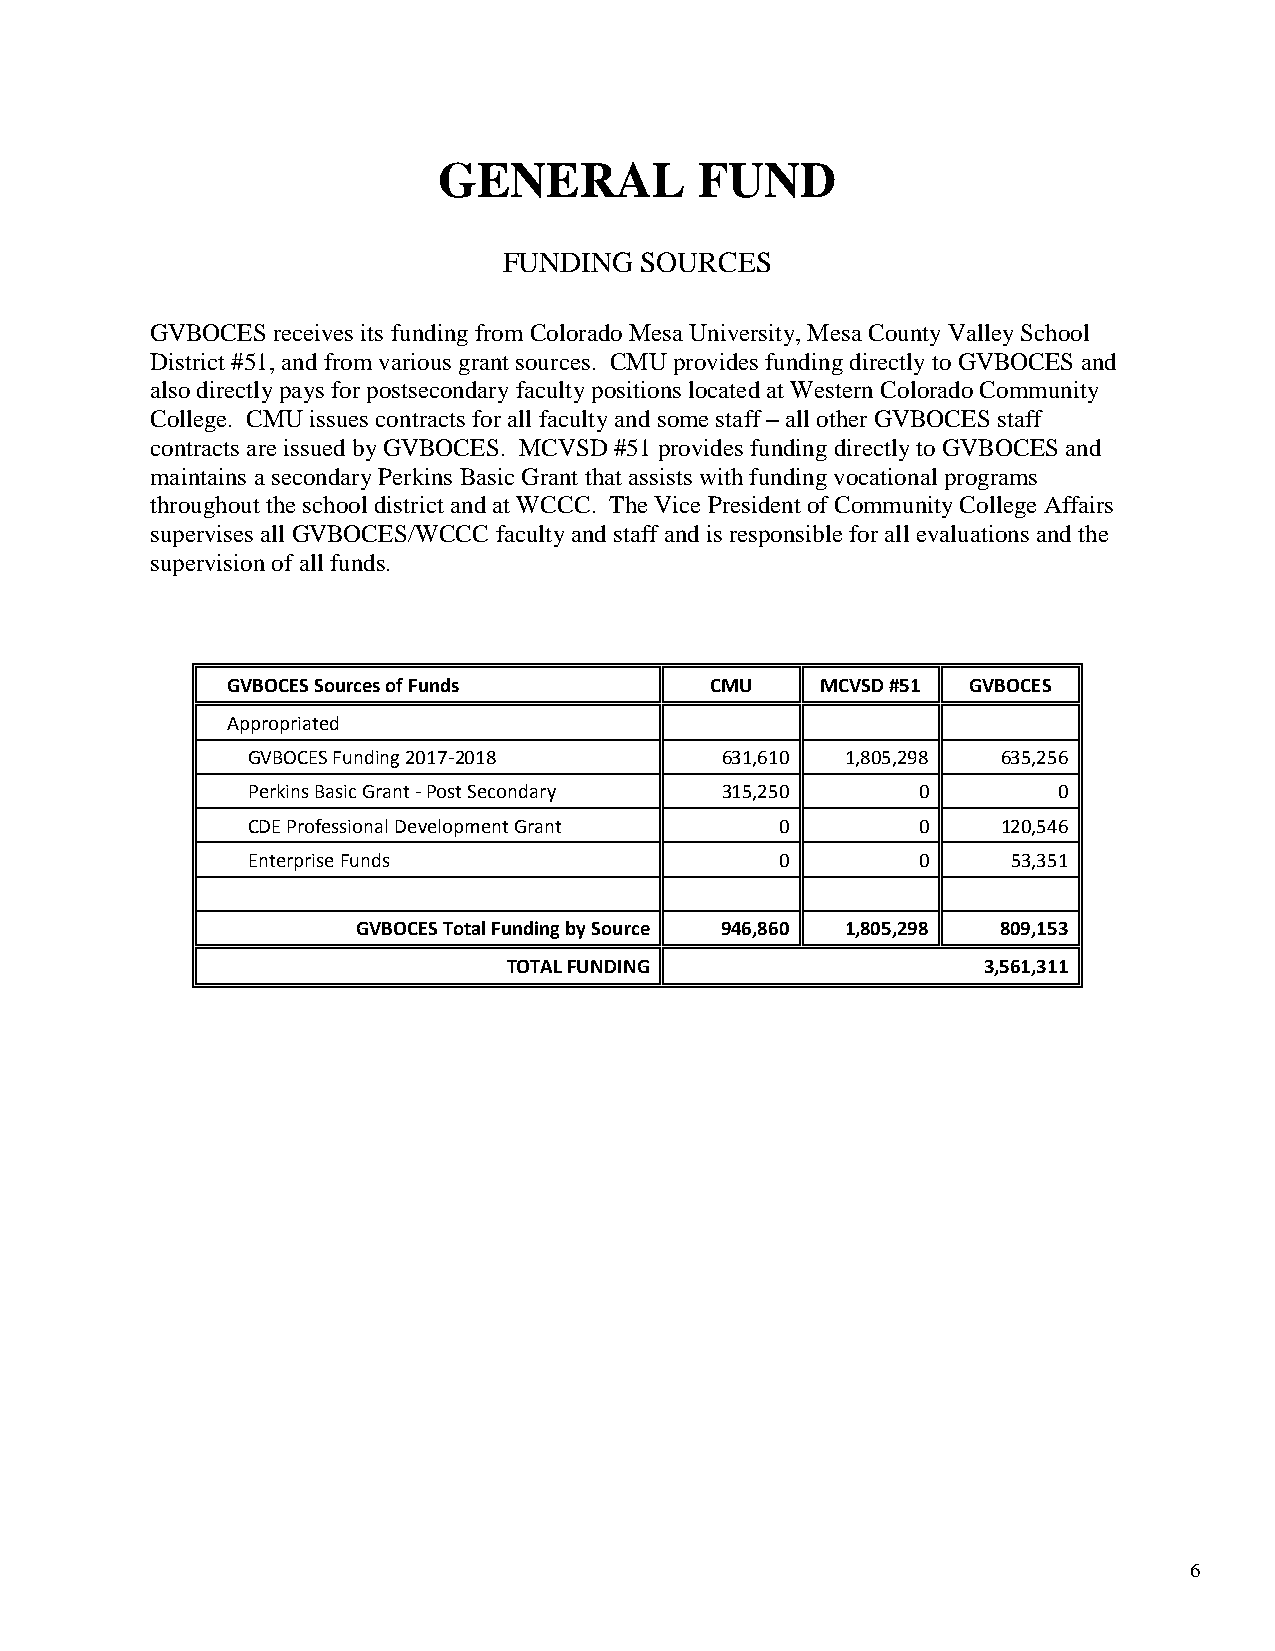
GENERAL          FUND
 FUNDING  SOURCES
 GVBOCES receives its funding from Colorado Mesa University, Mesa County Valley School
 District #51, and from various grant sources. CMU provides funding directly to GVBOCES and
 also directly pays for postsecondary faculty positions located at Western Colorado Community
 College. CMU issues contracts for all faculty and some staff – all other GVBOCES staff
 contracts are issued by GVBOCES. MCVSD #51 provides funding directly to GVBOCES and
 maintains a secondary Perkins Basic Grant that assists with funding vocational programs
 throughout the school district and at WCCC. The Vice President of Community College Affairs
 supervises all GVBOCES/WCCC faculty and staff and is responsible for all evaluations and the
 supervision of all funds.
 GVBOCES Sources of Funds        CMU    MCVSD #51 GVBOCES
 Appropriated
 GVBOCES Funding 2017-2018       631,610 1,805,298 635,256
 Perkins Basic Grant - Post Secondary 315,250 0        0
 CDE Professional Development Grant  0        0    120,546
 Enterprise Funds                    0        0     53,351
 GVBOCES Total Funding by Source 946,860 1,805,298 809,153
 TOTAL FUNDING                  3,561,311
 6